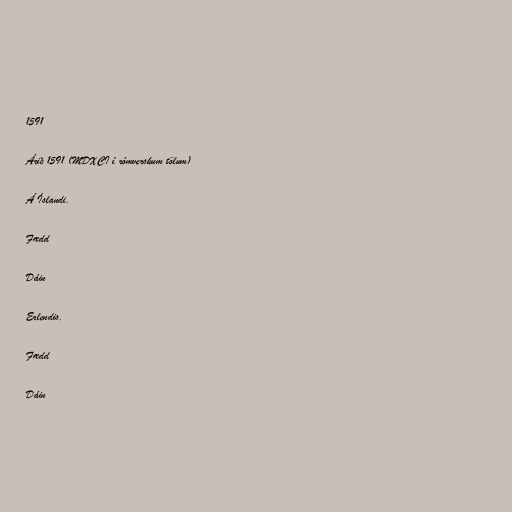
1591

Árið 1591 (MDXCI í rómverskum tölum)

Á Íslandi.

Fædd

Dáin

Erlendis.

Fædd

Dáin